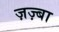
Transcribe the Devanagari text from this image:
ज़ज़्बा